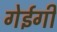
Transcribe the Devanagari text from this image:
गेईगी